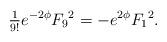
LaTeX: \begin{align*}{\textstyle \frac{1}{9!}}e^{-2\phi}{F_9}^2=-{e}^{2\phi}{F_1}^2.\end{align*}